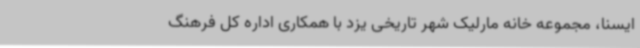
ایسنا، مجموعه خانه مارلیک شهر تاریخی یزد با همکاری اداره کل فرهنگ